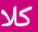
كلا